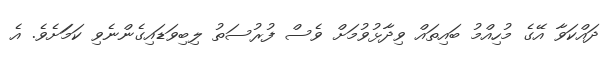
ދައްކަވާ އޭގެ މުހިއްމު ބައިތައް ވިދާޅުވުމަށް ވެސް ފުރުސަތު ލިބިވަޑައިގެންނެވި ކަމަަށެވެ. އެ